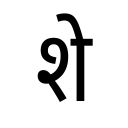
OCR:
शे